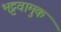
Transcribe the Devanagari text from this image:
भट्टवामुक